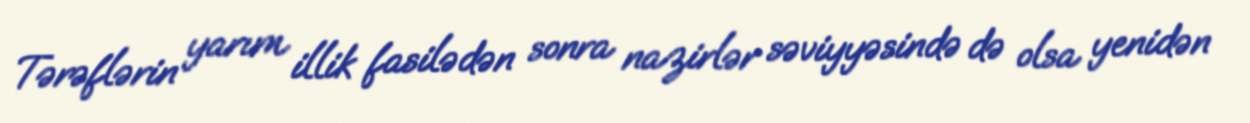
Tərəflərin yarım illik fasilədən sonra nazirlər səviyyəsində də olsa yenidən